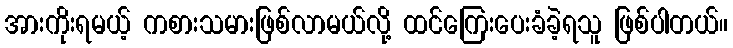
အားကိုးရမယ့် ကစားသမားဖြစ်လာမယ်လို့ ထင်ကြေးပေးခံခဲ့ရသူ ဖြစ်ပါတယ်။